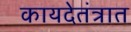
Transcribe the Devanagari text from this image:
कायदेतंत्रात